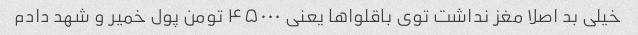
خیلی بد اصلا مغز نداشت توی باقلواها یعنی ۴۵۰۰۰ تومن پول خمیر و شهد دادم